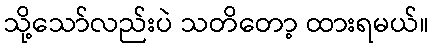
သို့သော်လည်းပဲ သတိတော့ ထားရမယ်။